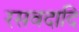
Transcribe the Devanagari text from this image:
रसवदादि